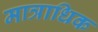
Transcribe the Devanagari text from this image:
मात्राधिक